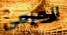
المرمى